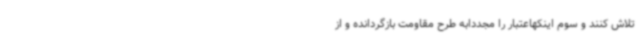
تلاش کنند و سوم اینکهاعتبار را مجددابه طرح مقاومت بازگردانده و از